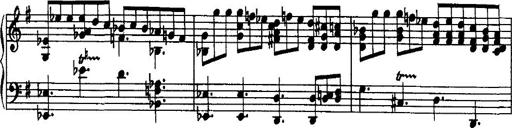
Title: Rondo di bravura
Composer: Franz Liszt